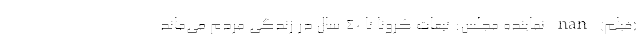
(فیلم) nan نماینده مجلس: تبعات کرونا تا ۴۰ سال در زندگی مردم می‌ماند